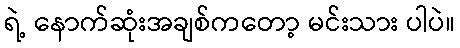
ရဲ့ နောက်ဆုံးအချစ်ကတော့ မင်းသား ပါပဲ။